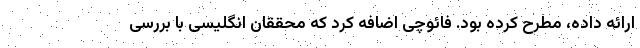
ارائه داده، مطرح کرده بود. فائوچی اضافه کرد که محققان انگلیسی با بررسی